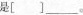
是[ ]___。